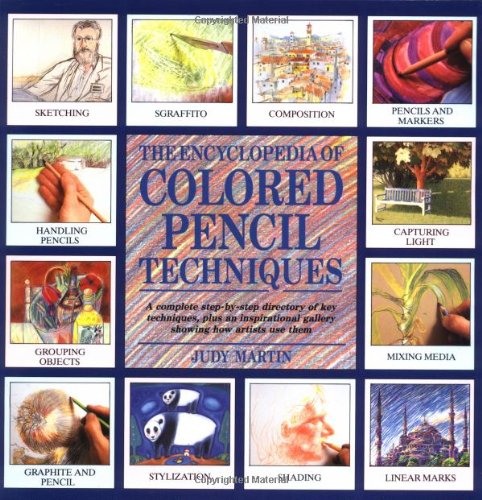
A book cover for Encyclopedia of Colored Pencil Techniques: A Comprehensive Step-by-step Directory of Key Techniques, with an Inspirational Galley Showing How; Judy Martin; Arts & Photography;